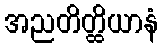
အညတိတ္ထိယာနံ